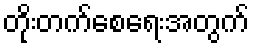
တိုးတက်စေရေးအတွက်